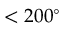
< 2 0 0 ^ { \circ }